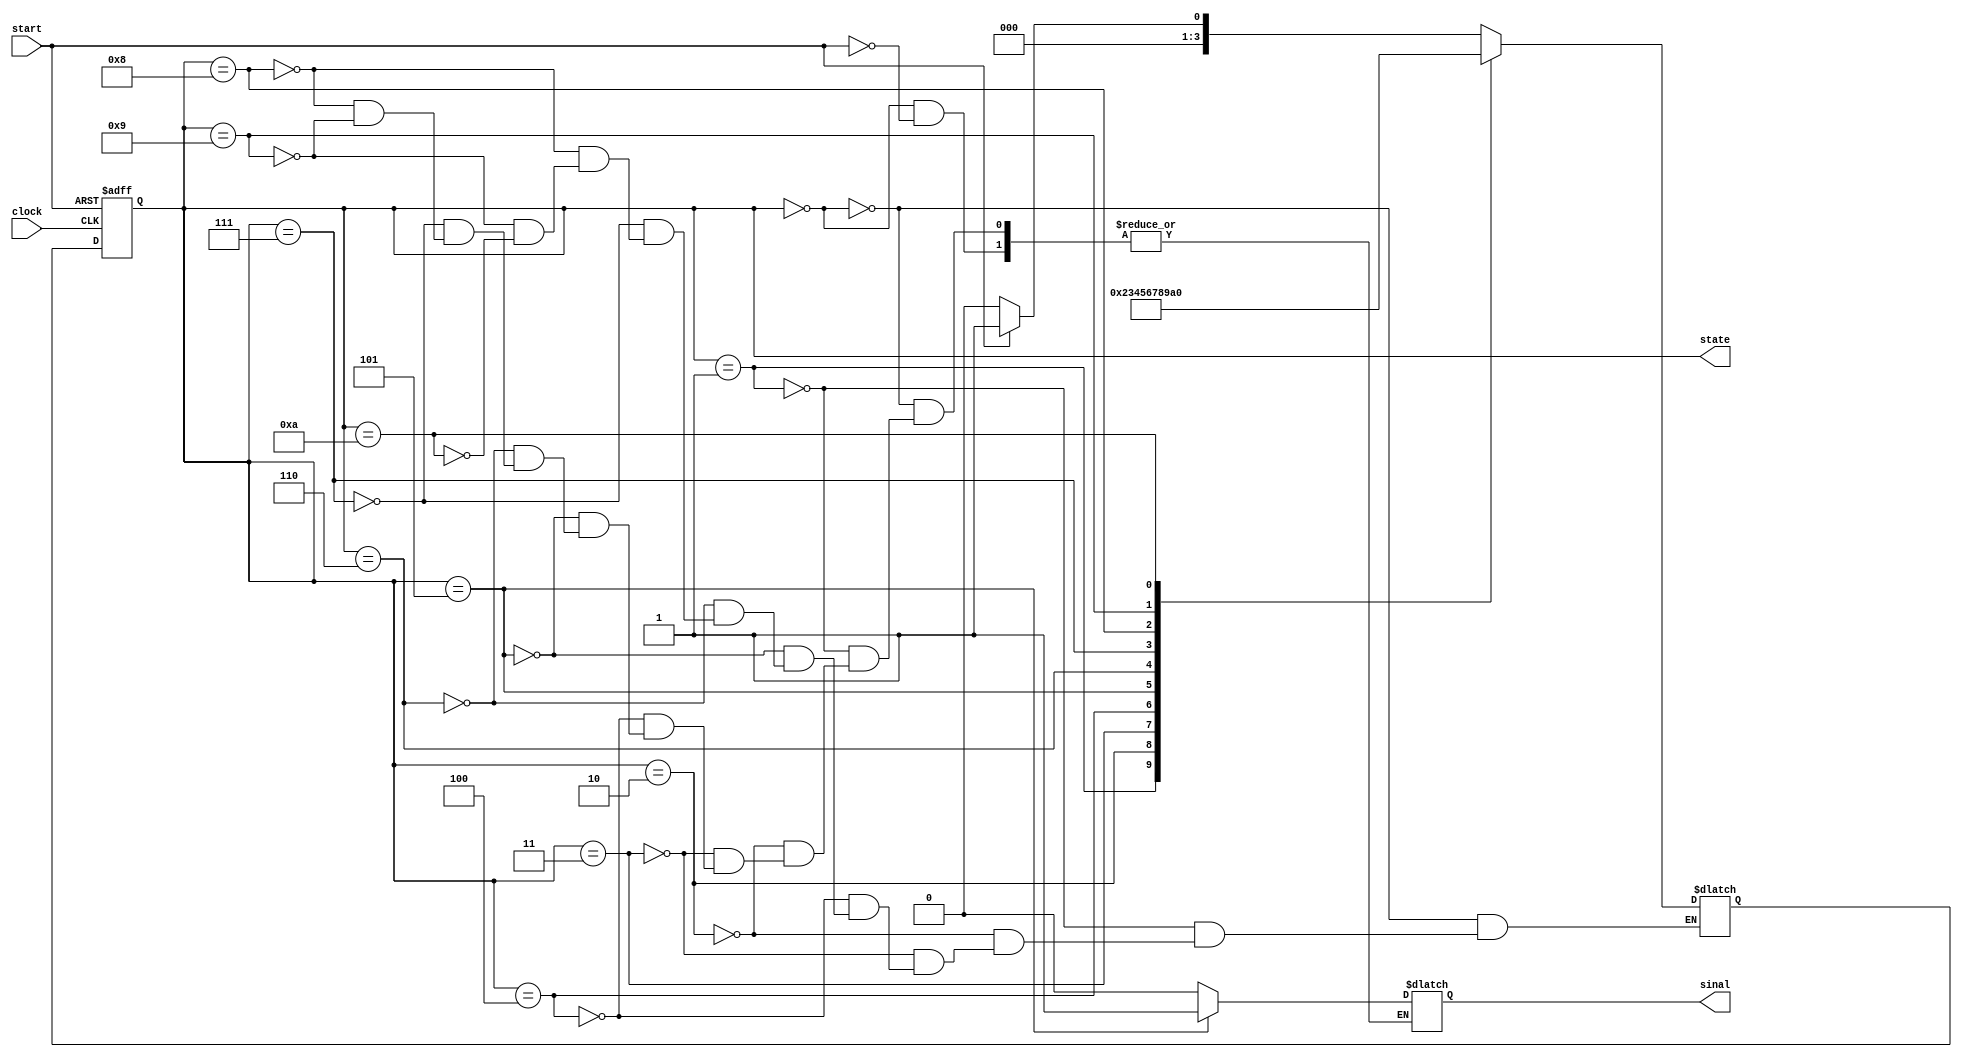
module control_unit(clock, start, sinal, state);

    output reg [3:0] state;
    reg [3:0] next_state;
    input wire clock, start;
    output reg sinal;
    parameter IDLE = 4'b0000, MUL0 = 4'b0001, MUL1 = 4'b0010, MUL2 = 4'b0011,
    MUL3 = 4'b0100, MUL4 = 4'b0101, MUL5 = 4'b0110, MUL6 = 4'b0111, MUL7 = 4'b1000, MUL8 = 4'b1001, DONE = 4'b1010;

// state register
    always@(posedge clock or posedge start)
    begin

        // $display(bH,bL);
        if(start == 1)
        begin
            state <= IDLE;
        end
        else
            state <= next_state;
    end


always@(state)
    begin
        case (state)
            IDLE:
            if(start == 1)
                begin
                    sinal <= 1'b0;
                    
                    next_state <= MUL0;
                end
            else
                next_state <= IDLE;

            MUL0: 
                begin
                    sinal <= 1'b0;
                    next_state <= MUL1;

                end
            MUL1:
                begin
                    sinal <= 1'b0;
                    next_state <= MUL2;
                end
            MUL2:
                begin
                
                    sinal <= 1'b0;
                    next_state <= MUL3;
                end
            MUL3:
                begin
                    sinal <= 1'b0;
                    next_state <= MUL4;
                end
            MUL4:
                begin
                    sinal <= 1'b1;
                    next_state <= MUL5;
                end
            MUL5:
                begin
                    sinal <= 1'b0;
                    // $strobe(res);
                    next_state <= MUL6;
                end
            MUL6:
                begin
                    sinal <=1'b0;
                    next_state <=MUL7;
                end
            MUL7:
                begin
                    sinal <= 1'b0;
                    next_state <=MUL8;
                end
            MUL8:
                begin
                    sinal <= 1'b0;
                    next_state <= DONE;
                end
            DONE:
                begin
                    next_state <= IDLE;
                end

                
                
        endcase
    end

endmodule